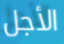
الأجل